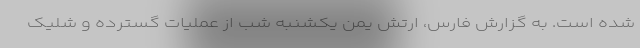
شده است. به گزارش فارس، ارتش یمن یکشنبه شب از عملیات گسترده و شلیک